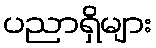
ပညာရှိများ